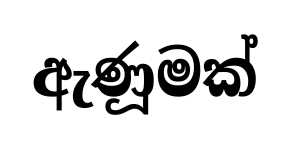
ඇණූමක්